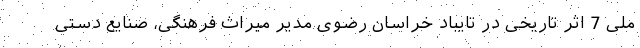
ملی 7 اثر تاریخی در تایباد خراسان رضوی مدیر میراث فرهنگی، صنایع دستی